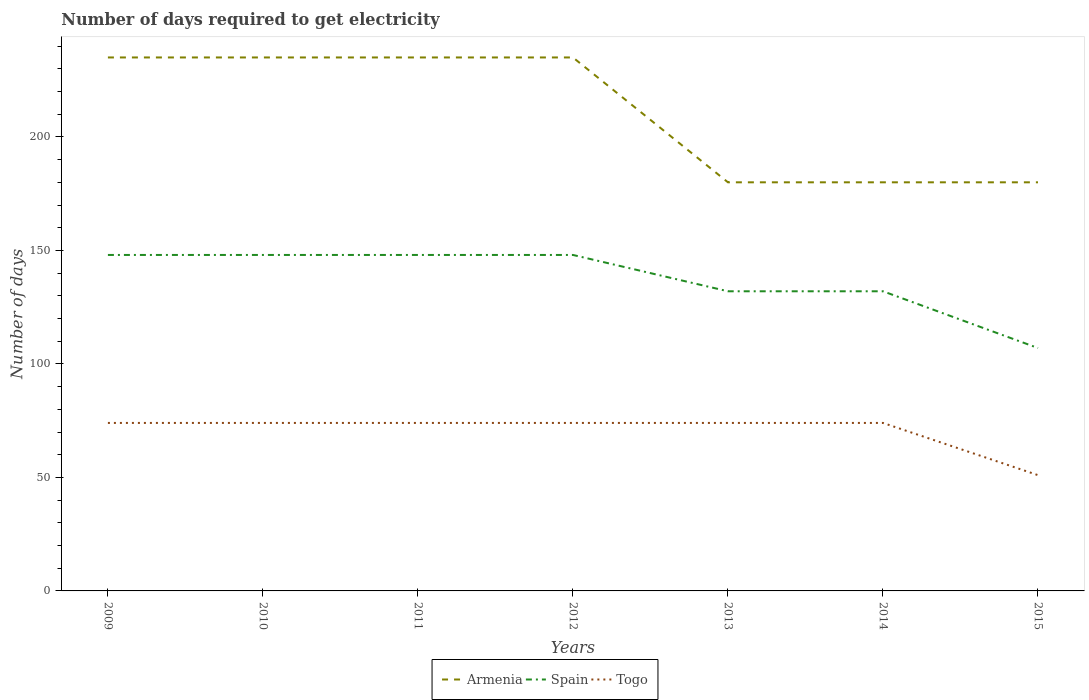
| Years | Armenia | Spain | Togo |
 | --- | --- | --- | --- |
 | 2009 | 235 | 148 | 74 |
 | 2010 | 235 | 148 | 74 |
 | 2011 | 235 | 148 | 74 |
 | 2012 | 235 | 148 | 74 |
 | 2013 | 180 | 132 | 74 |
 | 2014 | 180 | 132 | 74 |
 | 2015 | 180 | 107 | 51 |